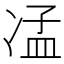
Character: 𠗠